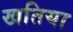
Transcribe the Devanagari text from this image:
खतिया